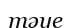
тәуе